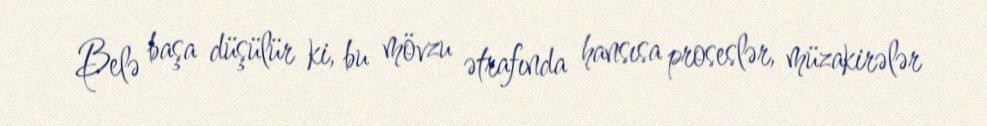
Belə başa düşülür ki, bu mövzu ətrafında hansısa proseslər, müzakirələr